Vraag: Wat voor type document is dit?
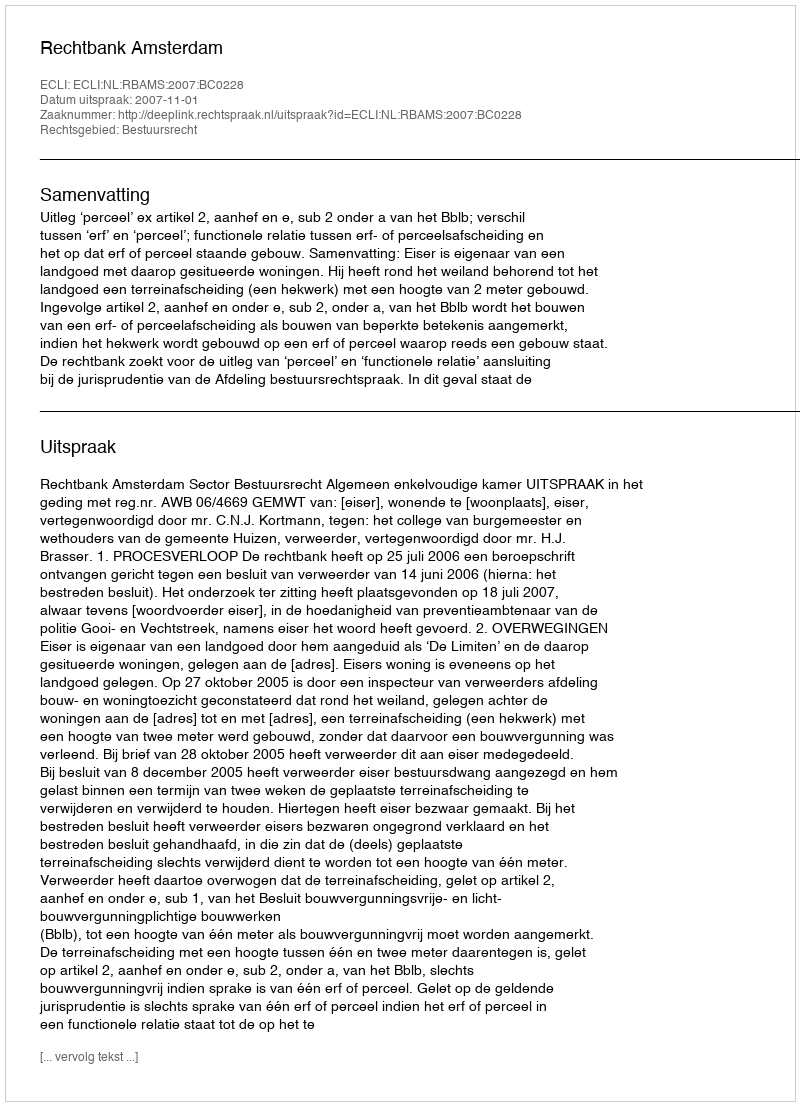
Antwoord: Uitspraak